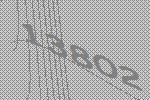
13802